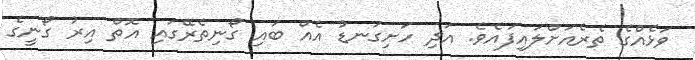
ވަޅެއްގެ ތެރެއަށްލައިފައެވެ. އަދި ހަށިގަނޑު އެއް ބައި ގޯނިތެރޭގައި އޮތް އިރު ގޯނީގެ